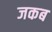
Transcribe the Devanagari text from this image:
जकब